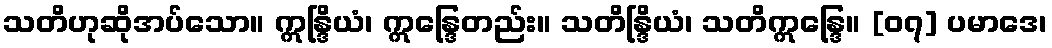
သတိဟုဆိုအပ်သော။ ဣန္ဒြိယံ၊ ဣန္ဒြေတည်း။ သတိန္ဒြိယံ၊ သတိဣန္ဒြေ။ [၀၇] ပမာဒေ၊